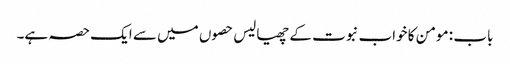
باب : مومن کا خواب نبوت کے چھیالیس حصوں میں سے ایک حصہ ہے۔